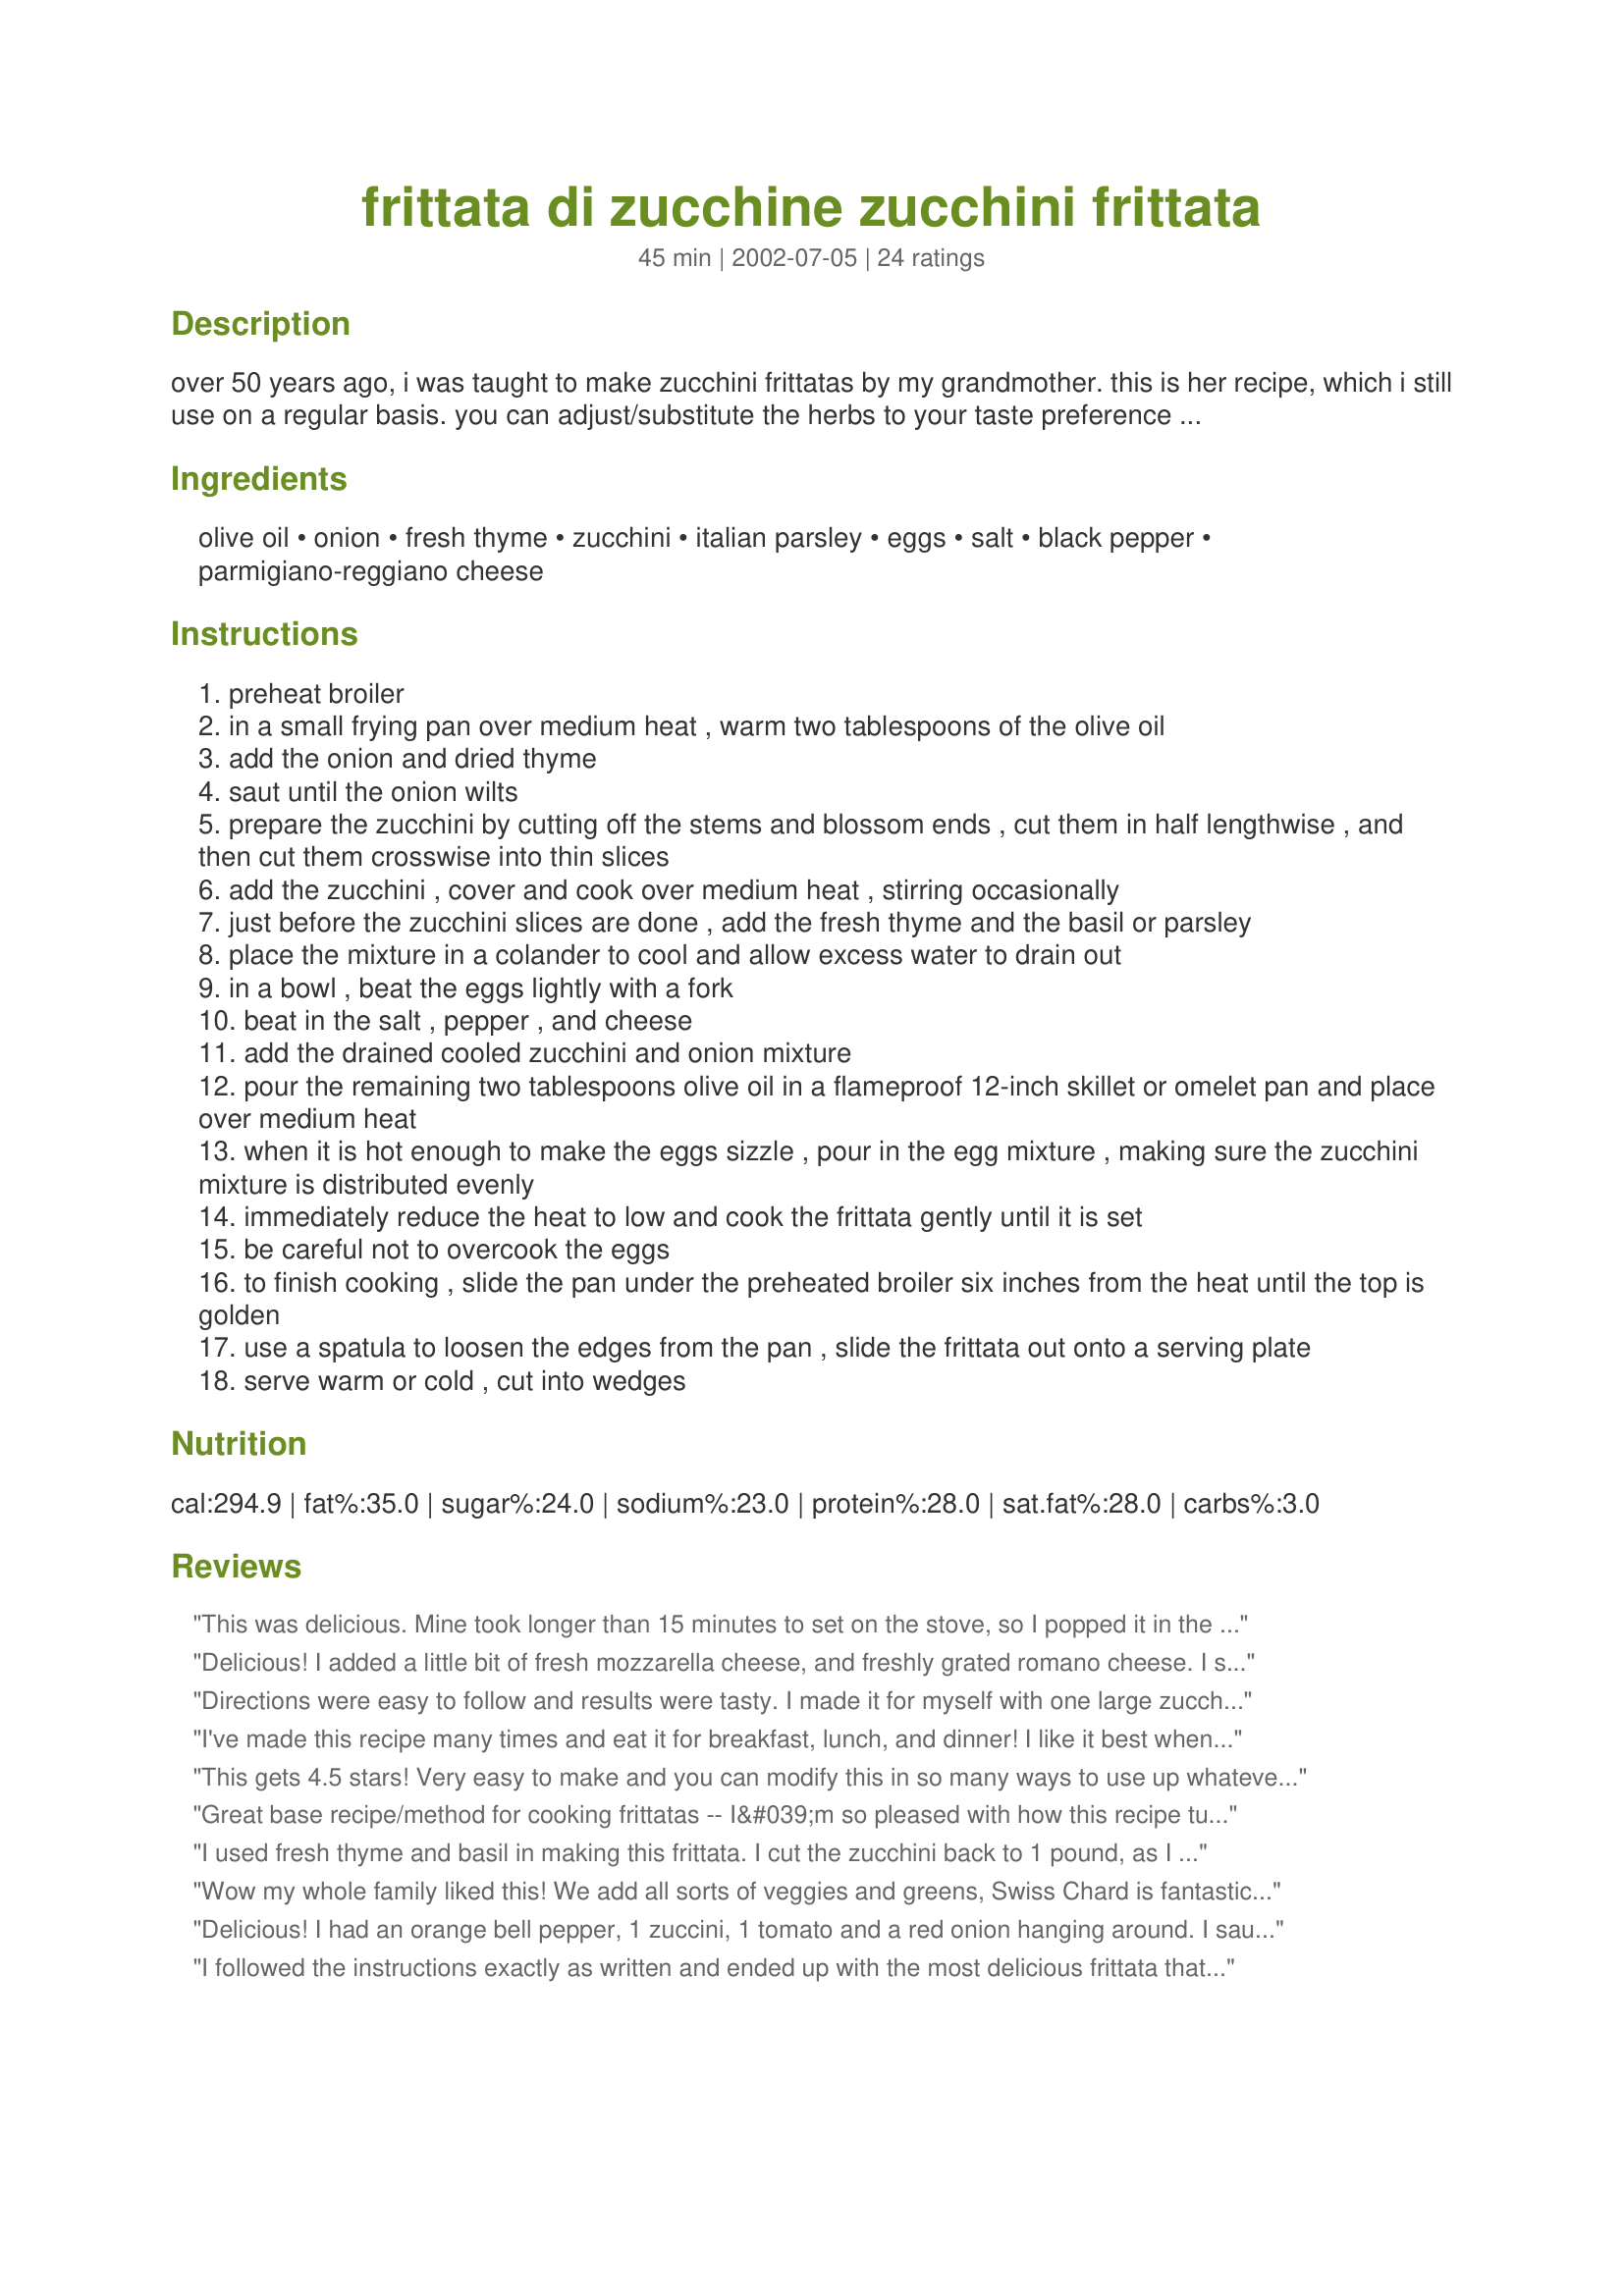
frittata di zucchine zucchini frittata
Preparation time: 45 minutes

over 50 years ago, i was taught to make zucchini frittatas by my grandmother. this is her recipe, which i still use on a regular basis. you can adjust/substitute the herbs to your taste preference to make this recipe "your own". served with a tossed green salad on the side, it makes a wonderful light dinner. posted in answer to a request.

Ingredients:
olive oil, onion, fresh thyme, zucchini, italian parsley, eggs, salt, black pepper, parmigiano-reggiano cheese

Steps:
preheat broiler
in a small frying pan over medium heat , warm two tablespoons of the olive oil
add the onion and dried thyme
saut until the onion wilts
prepare the zucchini by cutting off the stems and blossom ends , cut them in half lengthwise , and then cut them crosswise into thin slices
add the zucchini , cover and cook over medium heat , stirring occasionally
just before the zucchini slices are done , add the fresh thyme and the basil or parsley
place the mixture in a colander to cool and allow excess water to drain out
in a bowl , beat the eggs lightly with a fork
beat in the salt , pepper , and cheese
add the drained cooled zucchini and onion mixture
pour the remaining two tablespoons olive oil in a flameproof 12-inch skillet or omelet pan and place over medium heat
when it is hot enough to make the eggs sizzle , pour in the egg mixture , making sure the zucchini mixture is distributed evenly
immediately reduce the heat to low and cook the frittata gently until it is set
be careful not to overcook the eggs
to finish cooking , slide the pan under the preheated broiler six inches from the heat until the top is golden
use a spatula to loosen the edges from the pan , slide the frittata out onto a serving plate
serve warm or cold , cut into wedges

Reviews:
This was delicious. Mine took longer than 15 minutes to set on the stove, so I popped it in the oven at 500 degrees to finish cooking. (I didn't use the broiler because mine is broken.) I'm looking forward to serving this for Easter brunch. Thank you.
Delicious! I added a little bit of fresh mozzarella cheese, and freshly grated romano cheese. I served with roasted asparagus and potatoes that were tossed with olive oil and kosher salt. My husband admitted to, "Being a little freaked out about this at first," but totally LOVED it. Thanks Dee!
Directions were easy to follow and results were tasty. I made it for myself with one large zucchini and two eggs in my smallest skillet. Thanks for the idea!
I've made this recipe many times and eat it for breakfast, lunch, and dinner! I like it best when I use both basil and parsley, but it's always delicious.
This gets 4.5 stars! Very easy to make and you can modify this in so many ways to use up whatever fresh veggies, herbs, and spices you have on hand! We ate this for dinner the other night and everyone loved it! Will make this again!
Great base recipe/method for cooking frittatas -- I&#039;m so pleased with how this recipe turned out. I have no confidence as a cook. I don&#039;t have that knack for throwing things together in great combinations. That said I choose this recipe because I had a ton of eggs and zucchini. But I also had from my garden a bell pepper and two small stalks of broccoli. In the fridge I had a partial jar of mushrooms and a handful of small-chunked steamed red potatoes leftover from lunch. Knowing that using up leftovers and what you have on hand is the secret to budget cooking, I got brave. I&#039;m so glad I did. I sauteed the pepper with the onions. I added the broccoli probably too soon, but it was okay. I probably should have added at the same time as the zucchini and mushrooms. I threw the cooked potatoes in at the last minute because it suddenly occurred to me and they were already cooked. I used mozeralla cheese with a little parmesan (from the jar in the fridge -- definitely not freshly grated). I was worried because I of course added ingredients, added an extra egg, extra cheese, and used too small of pan --a large cast iron skillet but not 12&quot;. I don&#039;t think I got my pan hot enough before adding the egg mixture. I panicked over the low setting and my thick mixture due to pan size, so I bumped the heat up a bit probably overcooking the eggs more than designed. Yet despite all this, the frittata was great and eaten completely up by DH, 1 year old son, and 2 year old daughter. This method of cooking a frittata really distinguishes this dish from a quiche or an omelette. Cooking on the stovetop and then under the broiler gave the egg a yummy flavor. I will definitely be repeating this recipe.
I used fresh thyme and basil in making this frittata. I cut the zucchini back to 1 pound, as I thought it was a lot of zucchini compared to the number of eggs used. I think it could have used more thyme for me or maybe a minced clove of garlic. I used my flexible silicone spatula to get this out of the pan and it worked perfect. Thanks for a delicious lunch.
Made for *Healthy Choices ABC Tag 2009* game
Wow my whole family liked this! We add all sorts of veggies and greens, Swiss Chard is fantastic in this. Great directions!
Delicious! I had an orange bell pepper, 1 zuccini, 1 tomato and a red onion hanging around. I sauteed these (except for the tomato) with a little garlic and seasoned with Herbs de Provence. I combined the eggs with heavy cream and feta cheese and poured over the sauteed veggies. I sliced the tomato and placed the slices around the top of the pan. I then baked for 20 minutes in a 400F oven. (My pan handles are only oven proof up to 400F) I love trying new frittata flavor combinations!
I followed the instructions exactly as written and ended up with the most delicious frittata that was equally good hot or cold!
I eliminated the thyme (with eggs and cheese ???) and flavored the onion/zucchini with rosemary and basil just before adding the mixture to the egg/cheese combination; I also added grape tomatoes to the mix before cooking. 2 T oil was way too much; I cooked the frittata on the stove top; after 10 minutes, I was concerned the eggs weren&#039;t going to set - the excess oil settled on top, preventing the eggs from cooking through. I put the pan in a 350 degree oven. Within less than 5 minutes, the eggs were set, although I still had to blot the excess oil. Although I had to modify the cooking methods, I had never made a frittata, and appreciate your initial guidance.
I has a little angel hair pasta leftover, so I decided to make a frittata, and I am so glad I picked this easy recipe. I used up my zucchini, and the half of tomato left also in it. This will be my frequent, easy, fast, recipe from now on. Thanks.
Absolutely delicious! The instructions were great. I've always been afraid to attempt a frittata, because even though I cook a great deal, my eggs never turn out great. This was easy and fabulous. It even turned out of the pan and looked beautiful. Thanks!
I made 2 frittatas, one with zuchinni, peppers, onion, thyme, parsley, and parmigiano regggiamo. I added cream to the egg mixture. The other one was onion,tomatoes,peas, dill,goat cheese and and topped with lox just before putting in the oven.
So hooked on this fabulous recipe I cook it almost every week. Got my daughter & co-workers hooked also.
Fantastic!!!!!
What a delightful way to use the abundance of zucchini! I used only 1 tablespoon of olive oil and added garlic and the fresh thyme to the sauteeing veggies. Also used 6 eggs for the two of us. The thyme really shines in this recipe. I used parsley rather than basil. Served with Recipe #133628 and some fresh raspberries and vanilla yogurt for dessert. Thanks for sharing!! My partner and I enjoyed it very much.
I loved the flavor of this one, but not the texture. It was a little runny. I&#039;m going to try it again with grating and draining the vegetables, rather than slicing, and then baking in the oven, rather than on the stovetop.
I made the full recipe which fed 3 of us for a light dinner with a salad on the side, one a very light eater and the other medium and big serves. The only changes I made was to tear the fresh basil and grate the zucchini and then squeeze and drain in a sieve (I knew it would be the only way I would get the DM to eat it), once the onion was softened I added it to the pan till heated through and releasing liquid, I then put this mix in the sieve and squeezed out excess liquid and continue as per recipe. A very enjoyable and light dinner, thank you Dee514, made for May "Farm Cooking" Photo Forum.
This is my favorite way to deal with our gluttony of garden zucchinis in the summer!
Very nice frittata! I served it with fresh fruit and coleslaw. I followed the recipe except for some chopped garlic thrown in with the onions. I used dried thyme and fresh basil as that is what I had. I think that sun-dried tomatoes and mushrooms added to the frittata would be good, but as is I want to thank you for sharing your grandmothers recipe. Carole in Orlando
Dee, this is so delicious that we use this as our base recipe for all our frittata's now, no matter what we add to them. Although zucchini is a favorite with me, we add other veggies that we have on hand. Thank you for getting us out of our egg rut! :)
I absolutely adored this lovely frittata! I love the sweet onion and zucchini combination with the thyme. I subbed cheddar for the Parmesan and added 1 t Dijon to the eggs. I will absolutely make this over and over and over again!
I love this recipe!
This was great made almost as directed but added a couple cloves of garlic when I sauted the onion no thyme but parsley (don't like basil) and some hot pepper flakes. I did grate the zucchini and squeeze out the excess water just to make this a little quicker. Thanks for the great recipe. I love frittatas, they are so versitile.
